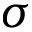
\sigma